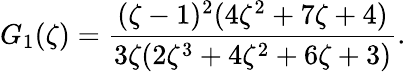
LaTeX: G_{1}(\zeta)=\frac{(\zeta-1)^{2}(4\zeta^{2}+7\zeta+4)}{3\zeta(2\zeta^{3}+4\zeta^{2}+6\zeta+3)}.